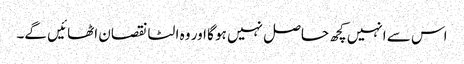
اس سے انہیں کچھ حاصل نہیں ہو گا اور وہ الٹا نقصان اٹھائیں گے۔